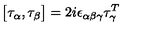
\bigl [ \tau _ { \alpha } , \tau _ { \beta } \bigr ] = 2 i \epsilon _ { \alpha \beta \gamma } \tau _ { \gamma } ^ { T }